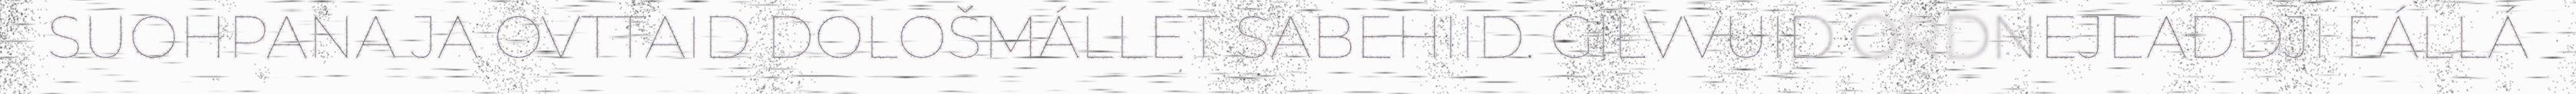
SUOHPANA JA OVTTAID DOLOŠMÁLLET SABEHIID. GILVVUID ORDNEJEADDJI FÁLLÁ